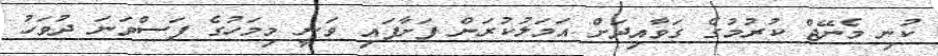
ކުނި މެނޭޖް ކުރުމުގެ ގަވާއިދަށް އަމަލުކުރަން ފަށާފައި ވަނީ މިމަހުގެ ފަސްވަނަ ދުވަހު